Annual report of the Bengal Veterinary College and of the Civil Veterinary Department, Bengal, for the year 1913-1914 - 1913-1914
Year: 1913
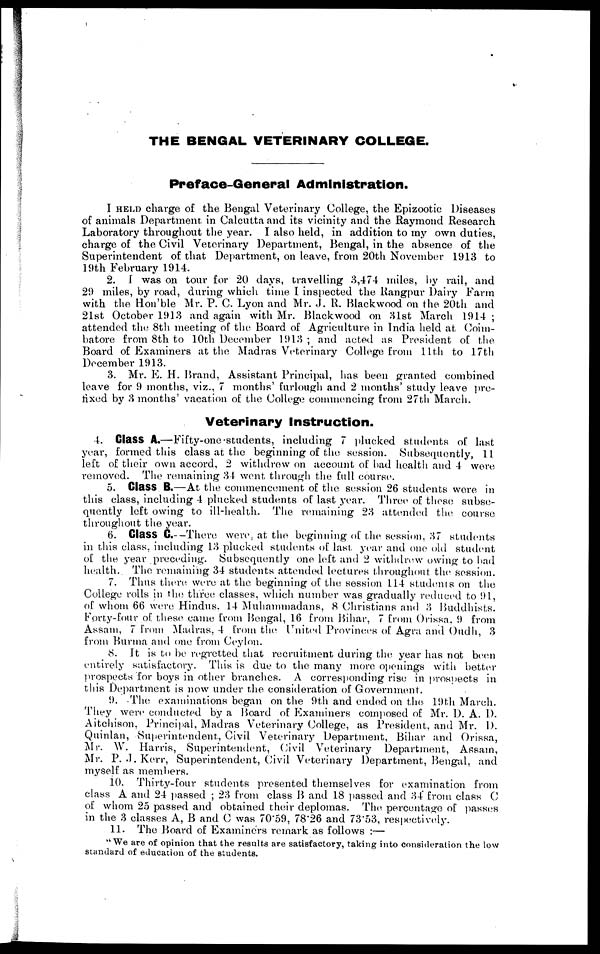
THE BENGAL VETERINARY COLLEGE.
Preface-General Administration.
I HELD charge of the Bengal Veterinary College, the Epizootic Diseases
of animals Department in Calcutta and its vicinity and the Raymond Research
Laboratory throughout the year. I also held, in addition to my own duties,
charge of the Civil Veterinary Department, Bengal, in the absence of the
Superintendent of that Department, on leave, from 20th November 1913 to
19th February 1914.
2. I was on tour for 20 days, travelling 3,474 miles, by rail, and
29 miles, by road, during which time I inspected the Rangpur Dairy Farm
with the Hon'ble Mr. P. C Lyon and Mr. J. R. Blackwood on the 20th and
21st October 1913 and again with Mr. Blackwood on 31st March 1914 ;
attended the 8th meeting of the Board of Agriculture in India held at Coim-
batore from 8th to 10th December 1913 ; and acted as President of the
Board of Examiners at the Madras Veterinary College from 11 th to 17th
December 1913.
3. Mr. E. H. Brand, Assistant Principal, has been granted combined
leave for 9 months, viz., 7 months' furlough and 2 months' study leave pre-
fixed by 3 months' vacation of the College commencing from 27th March.
Veterinary Instruction.
4. Class A.—Fifty-one-students, including 7 plucked students of last
year, formed this class at the beginning of the session. Subsequently, 11
left of their own accord, 2 withdrew on account of bad health and 4 were
removed. The remaining 34 went through the full course.
5. Class B—At the commencement of the session 26 students were in
this class, including 4 plucked students of last year. Three of these subse-
quently left owing to ill-health. The remaining 23 attended the course
throughout the year.
6. Class C.--There were, at the beginning of the session, 37 students
in this class, including 13 plucked students of last year and one old student
of the year preceding. Subsequently one left and 2 withdrew owing to bad
health. The remaining 34 students attended lectures throughout the session.
7. Thus there were at the beginning of the session 114 students on the
College rolls in the three classes, which number was gradually reduced to 91,
of whom 66 were Hindus. 14 Muhammadans, 8 Christians and 3 Buddhists.
Forty-four of these came from Bengal, 16 from Bihar, 7 from Orissa, 9 from
Assam, 7 from Madras, 4 from the United Provinces of Agra and Oudh, 3
from Burma and one from Ceylon.
8. It is to be regretted that recruitment during the year has not been
entirely satisfactory. This is due to the many more openings with better
prospects for boys in other branches. A corresponding rise in prospects in
this Department is now under the consideration of Government.
9. The examinations began on the 9th and ended on the 19th March.
They were conducted by a Board of Examiners composed of Mr. D. A. D.
Aitchison, Principal, Madras Veterinary College, as President, and Mr. D.
Quintan, Superintendent, Civil Veterinary Department, Bihar and Orissa,
Mr. W. Harris, Superintendent, Civil Veterinary Department, Assam,
Mr. P. J. Kerr, Superintendent, Civil Veterinary Department, Bengal, and
myself as members.
10. Thirty-four students presented themselves for examination from
class A and 24 passed ; 23 from class B and 18 passed and 34 from class C
of whom 25 passed and obtained their deplomas. The percentage of passes
in the 3 classes A, B and C was 70.59, 78.26 and 73.53, respectively.
11. The Board of Examiners remark as follows :—
" We are of opinion that the results are satisfactory, taking into consideration the low
standard of education of the students.